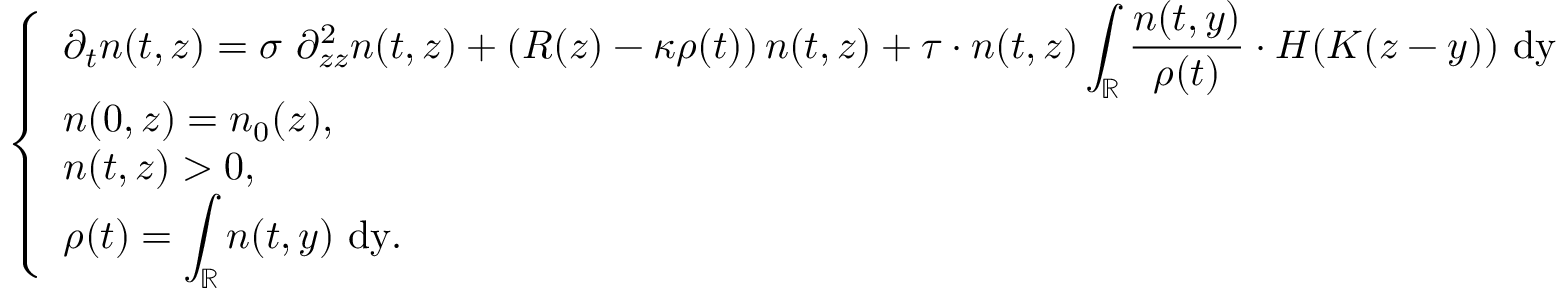
\left\{ \begin{array} { l l } { \partial _ { t } n ( t , z ) = \sigma \ \partial _ { z z } ^ { 2 } n ( t , z ) + \left( R ( z ) - \kappa \rho ( t ) \right) n ( t , z ) + \tau \cdot n ( t , z ) \displaystyle \int _ { \mathbb { R } } \frac { n ( t , y ) } { \rho ( t ) } \cdot H ( K ( z - y ) ) \ \mathrm { d y } } \\ { n ( 0 , z ) = n _ { 0 } ( z ) , } \\ { n ( t , z ) > 0 , } \\ { \rho ( t ) = \displaystyle \int _ { \mathbb { R } } n ( t , y ) \ \mathrm { d y } . } \end{array} \right.